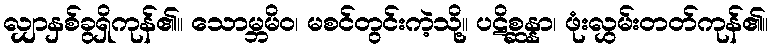
လျှာနှစ်ခွရှိကုန်၏။ သောမ္ဘမိဝ၊ မစင်တွင်းကဲ့သို့။ ပဋိစ္ဆန္နာ၊ ဖုံးလွှမ်းတတ်ကုန်၏။